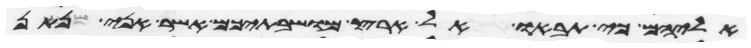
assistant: אליהם כי תבאו אל ארץ מושבתיכם אשר אני נתן